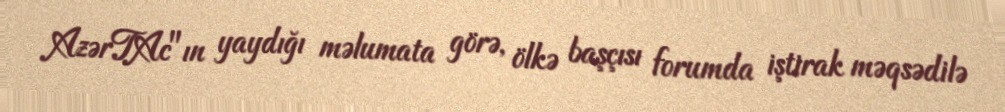
AzərTAc"ın yaydığı məlumata görə, ölkə başçısı forumda iştirak məqsədilə